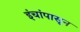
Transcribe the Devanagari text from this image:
इंचांपासून